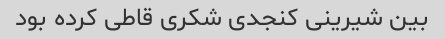
بین شیرینی کنجدی شکری قاطی کرده بود